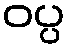
ဝပ္ပ